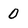
Character: 0